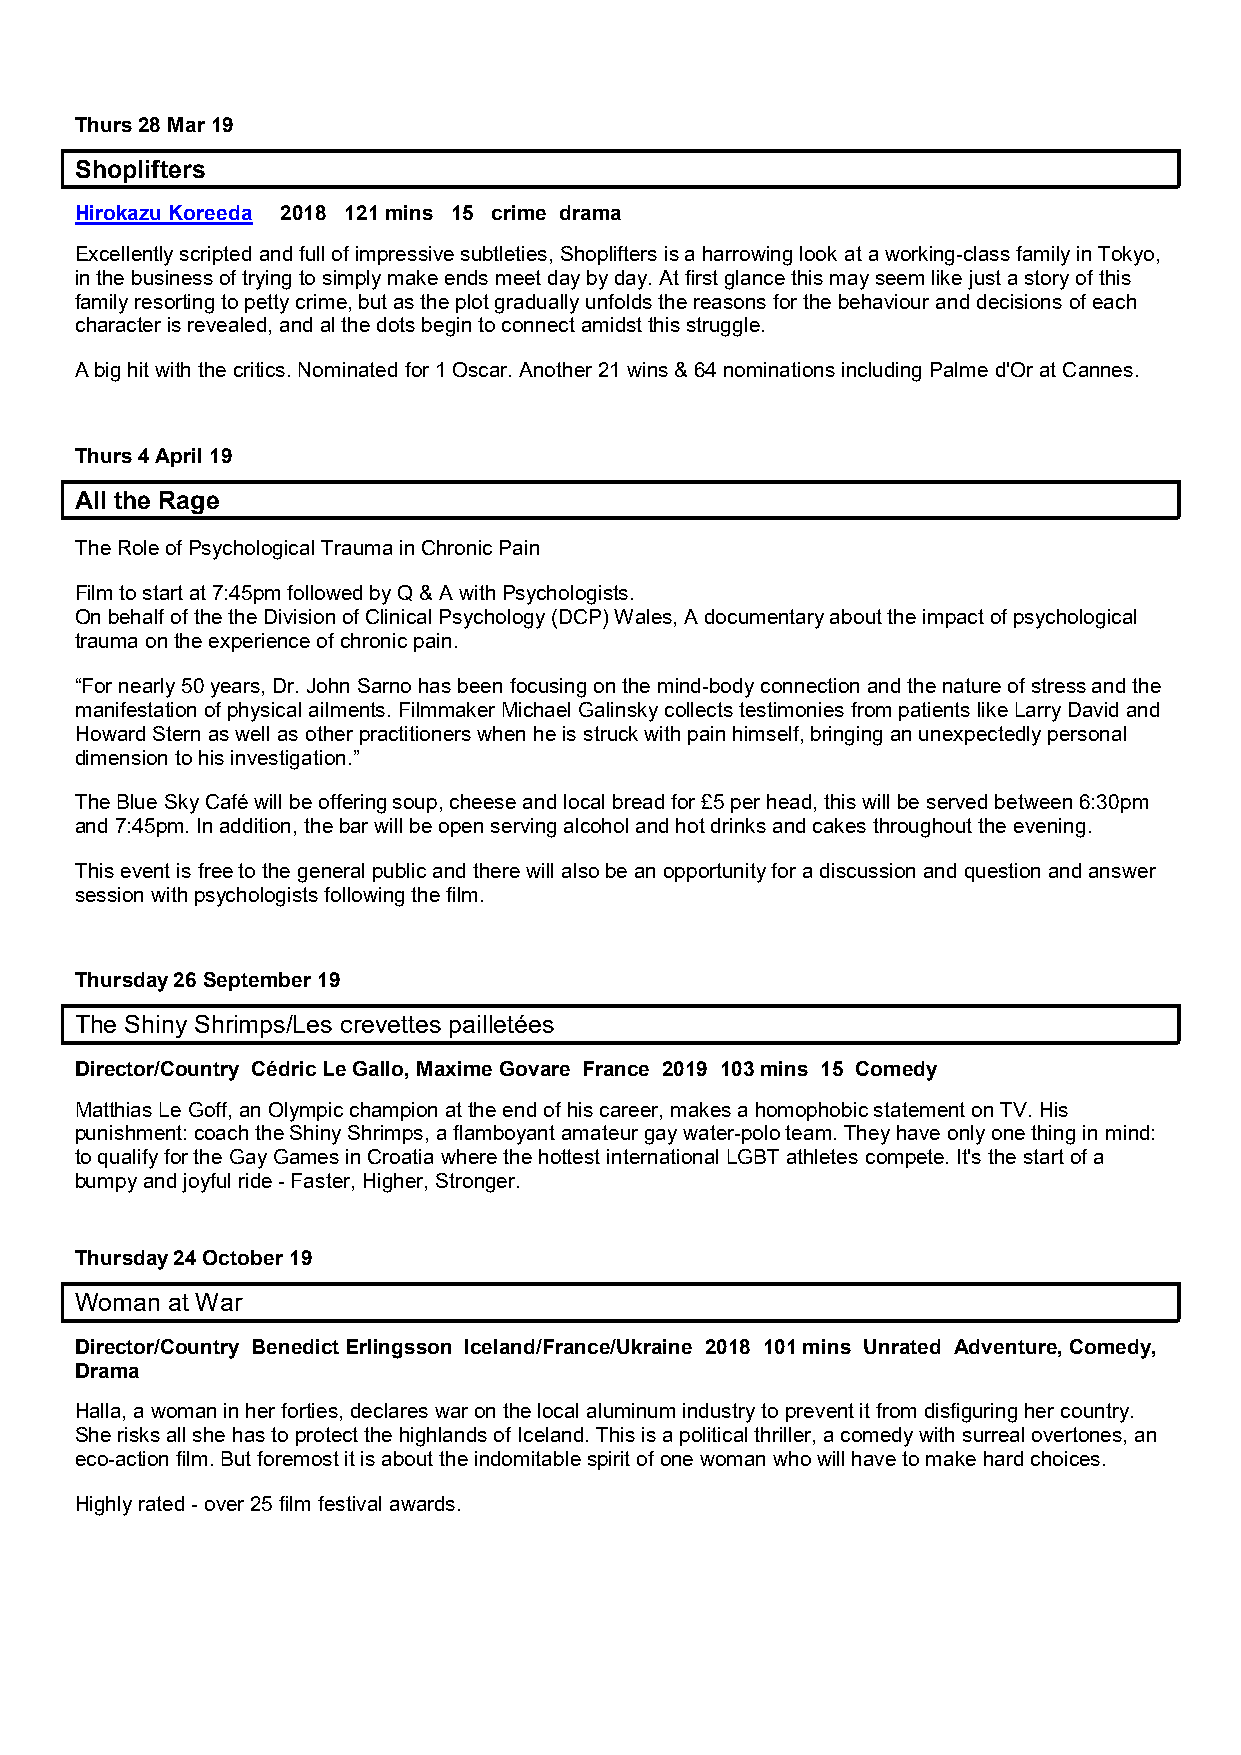
Thurs 28 Mar 19
 Shoplifters
 Hirokazu Koreeda 2018 121 mins 15 crime drama
 Excellently scripted and full of impressive subtleties, Shoplifters is a harrowing look at a working-class family in Tokyo,
 in the business of trying to simply make ends meet day by day. At first glance this may seem like just a story of this
 family resorting to petty crime, but as the plot gradually unfolds the reasons for the behaviour and decisions of each
 character is revealed, and al the dots begin to connect amidst this struggle.
 A big hit with the critics. Nominated for 1 Oscar. Another 21 wins & 64 nominations including Palme d'Or at Cannes.
 Thurs 4 April 19
 All the Rage
 The Role of Psychological Trauma in Chronic Pain
 Film to start at 7:45pm followed by Q & A with Psychologists.
 On behalf of the the Division of Clinical Psychology (DCP) Wales, A documentary about the impact of psychological
 trauma on the experience of chronic pain.
 “For nearly 50 years, Dr. John Sarno has been focusing on the mind-body connection and the nature of stress and the
 manifestation of physical ailments. Filmmaker Michael Galinsky collects testimonies from patients like Larry David and
 Howard Stern as well as other practitioners when he is struck with pain himself, bringing an unexpectedly personal
 dimension to his investigation.”
 The Blue Sky Café will be offering soup, cheese and local bread for £5 per head, this will be served between 6:30pm
 and 7:45pm. In addition, the bar will be open serving alcohol and hot drinks and cakes throughout the evening.
 This event is free to the general public and there will also be an opportunity for a discussion and question and answer
 session with psychologists following the film.
 Thursday 26 September 19
 The Shiny Shrimps/Les crevettes pailletées
 Director/Country Cédric Le Gallo, Maxime Govare France 2019 103 mins 15 Comedy
 Matthias Le Goff, an Olympic champion at the end of his career, makes a homophobic statement on TV. His
 punishment: coach the Shiny Shrimps, a flamboyant amateur gay water-polo team. They have only one thing in mind:
 to qualify for the Gay Games in Croatia where the hottest international LGBT athletes compete. It's the start of a
 bumpy and joyful ride - Faster, Higher, Stronger.
 Thursday 24 October 19
 Woman at War
 Director/Country Benedict Erlingsson Iceland/France/Ukraine 2018 101 mins Unrated Adventure, Comedy,
 Drama
 Halla, a woman in her forties, declares war on the local aluminum industry to prevent it from disfiguring her country.
 She risks all she has to protect the highlands of Iceland. This is a political thriller, a comedy with surreal overtones, an
 eco-action film. But foremost it is about the indomitable spirit of one woman who will have to make hard choices.
 Highly rated - over 25 film festival awards.